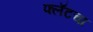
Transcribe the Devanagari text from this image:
फ्लॅटचा